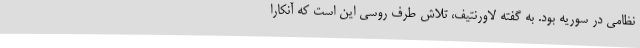
نظامی در سوریه بود. به گفته لاورنتیف، تلاش طرف روسی این است که آنکارا